Report on vaccination in Madras 1904-1921 - 1904-1921
Year: 1904
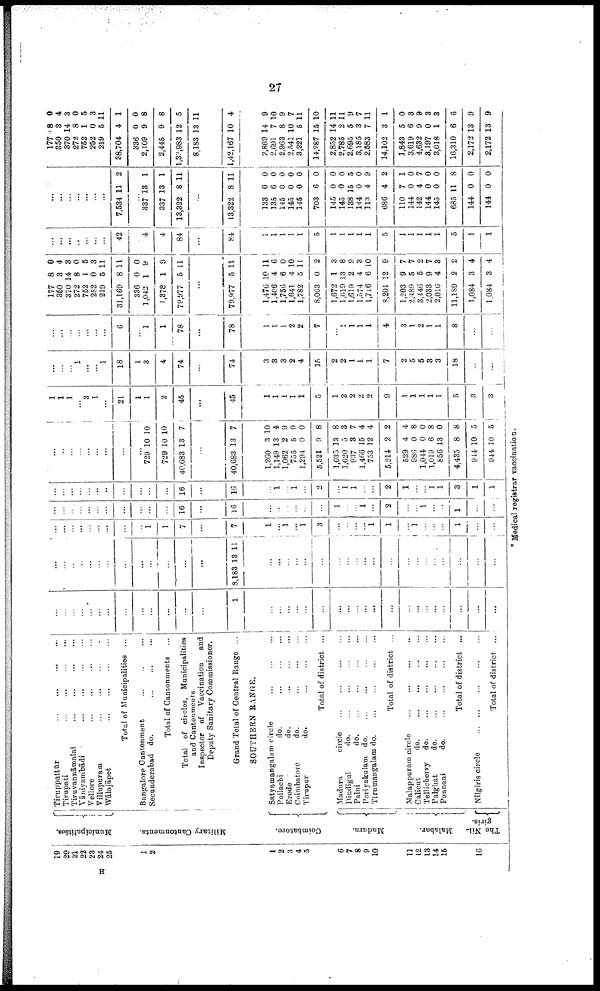
27
19
20
21
22
23
24
25
1
2
1
2
3
4
5
6
7
8
9
10
11
12
13
14
15
16
Municipalities.
Military Cantonments.
Coimbatore.
Madura.
Malabar.
The Nil-
giris.
Tiruppattūr
...
...
...
...
Tirupati
...
...
...
...
Tiruvannāmalai ... ... ... ...
Vāniyambādi
...
...
...
...
Vellore
...
...
...
...
Villupuram
...
...
...
...
Wālajāpet
...
...
...
...
Total of Municipalities ...
Bangalore Cantonment ... ... ...
Secunderabad do. ... ... ...
Total of Cantonments ...
Total of circles, Municipalities
and Cantonments.
Inspector of Vaccination and
Deputy Sanitary Commissioner.
Grand Total of Central Range ...
SOUTHERN RANGE.
Satyamangalam circle
...
...
...
Pollachi
do.
...
...
...
Erode
do.
...
...
...
Coimbatore
do. ... ... ...
Tirupur
do. ... ... ...
Total of district ...
Madura
circle
...
...
...
...
Dindigul
d
o
. ... ... ... ...
Palni
d
o
. ... ... ... ...
Periyakulam do.
...
...
...
...
Tirumangalam d
o
. ... ... ... ...
Total of district ...
Malappuram circle
...
...
...
...
Calicut
do.
...
...
...
...
Tellicherry
do.
...
...
...
...
Palghat
do.
...
...
...
...
Ponnani
do.
...
...
...
...
Total of district ...
Nilgiris circle
...
...
...
...
...
Total of district ...
...
...
...
...
...
...
...
...
...
...
...
...
...
1
...
...
...
...
...
...
...
...
...
...
...
...
...
...
...
...
...
...
...
...
...
...
...
...
...
...
...
...
...
...
...
...
...
8,183 13 11
...
...
...
...
...
...
...
...
...
...
...
...
...
...
...
...
...
...
...
...
...
...
...
...
...
...
...
...
...
1
1
7
...
7
1
...
1
...
1
3
...
...
...
...
1
1
...
1
...
...
...
1
...
...
...
...
...
...
...
...
...
...
...
...
...
16
...
16
...
...
...
...
...
...
1
...
...
1
...
2
...
...
1
...
...
1
...
...
...
...
...
...
...
...
...
...
...
...
...
16
...
16
...
1
...
1
...
2
...
1
1
...
...
2
1
...
...
1
1
3
1
1
1
...
...
...
...
...
...
...
...
729
729
40,683
10
10
13
10
10
7
...
40,683 13 7
1,260
1,149
1,062
755
1,294
5,521
1,035
1,020
937
1,466
753
5,214
529
986
1,044
1,019
856
4,435
914
944
3
13
2
5
0
9
13
5
8
15
12
2
4
0
0
6
13
8
10
10
10
4
9
9
0
8
8
3
7
4
4
2
4
8
0
8
0
8
5
5
1
1
1
...
3
1
...
21
1
1
2
45
...
45
1
1
1
1
1
5
1
2
2
2
2
9
1
1
1
1
1
5
3
3
...
...
...
1
...
...
1
18
1
3
4
74
...
74
3
3
3
2
4
15
2
2
1
1
1
7
2
5
5
8
3
18
...
...
...
...
...
...
...
...
...
6
...
1
1
78
...
78
1
1
1
2
2
7
...
1
1
1
1
4
3
1
2
1
1
8
...
...
177
350
370
272
752
252
219
31,169
336
1,042
1,378
79,977
8
3
14
8
1
0
5
8
0
1
1
5
0
4
3
0
5
3
11
11
0
9
9
11
...
79,977
1,476
1,406
1,756
1,641
1,782
8,063
1,672
1,619
1,619
1,574
l,716
8,201
1,203
2,489
3,446
2,033
2,016
11,189
1,084
1,084
5
10
4
6
4
5
0
1
13
2
4
6
12
9
5
5
9
4
2
3
3
11
11
6
0
10
11
2
3
8
9
3
10
9
7
7
2
7
3
2
4
4
...
...
...
...
...
...
...
42
...
4
4
84
...
84
1
1
1
1
1
5
1
1
1
1
1
5
1
1
1
1
1
5
1
1
...
...
...
...
...
...
...
7,534 11 2
...
337
337
13,322
13
13
8
1
1
11
...
13,322 8 11
133
135
145
145
145
703
145
145
138
144
113
686
110
144
142
144
145
685
144
144
0
6
0
0
0
6
0
0
15
0
4
4
7
0
4
0
0
11
0
0
0
0
0
0
0
0
0
0
5
0
9
2
1
0
7
0
0
8
0
0
177
350
370
272
752
252
219
38,704
336
2,109
2,445
1,33,983
8,183
1,42,167
8
3
14
8
1
0
5
4
0
9
9
12
13
10
0
4
3
0
5
3
11
1
0
8
8
5
11
4
2,869
2,691
2,963
2,541
3,221
14,287
2,852
2,785
2,695
3,185
2,583
14,102
1,843
3,619
4,632
3,197
3,018
16,310
2,172
2,172
14
7
8
10
5
15
14
2
5
3
7
3
5
6
9
0
1
6
13
13
9
10
9
7
11
10
11
11
9
7
11
1
0
3
9
3
3
6
9
9
* Medical registrar vaccination.
H